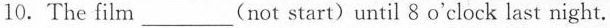
10. The film___(not start)until 8 o'clock last night.